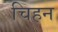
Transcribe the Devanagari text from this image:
चिहन